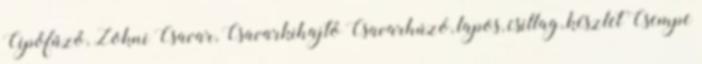
Cipőfűző, Zokni Csavar, Csavarkihajtó Csavarhúzó, lapos, csillag, készlet Csempe